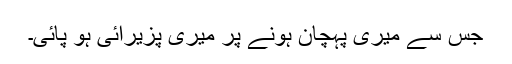
جس سے میری پہچان ہونے پر میری پزیرائی ہو پائی۔